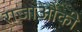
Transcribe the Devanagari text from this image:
राजाऔकी